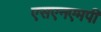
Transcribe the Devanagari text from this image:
एसएनएमपी